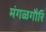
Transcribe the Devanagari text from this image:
मंगळगौरि